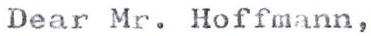
Dear Mr. Hoffmann,